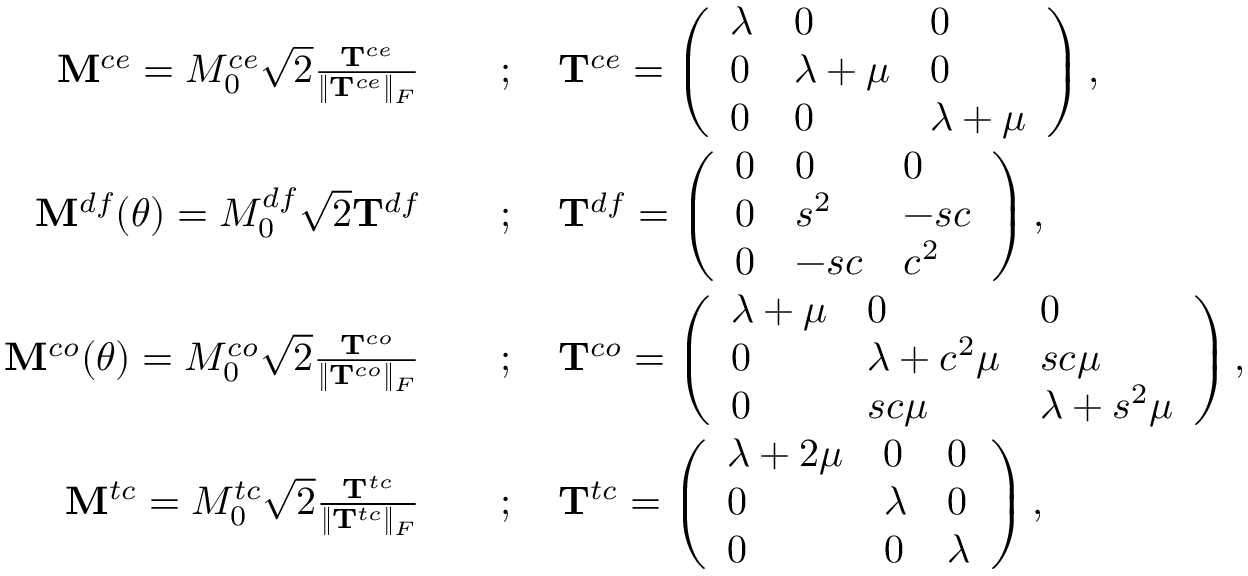
\begin{array} { r l } { { \mathbf { M } } ^ { c e } = M _ { 0 } ^ { c e } \sqrt { 2 } \frac { \mathbf { T } ^ { c e } } { \Vert \mathbf { T } ^ { c e } \Vert _ { F } } \quad } & { ; \quad \mathbf { T } ^ { c e } = \left( \begin{array} { l l l } { \lambda } & { 0 } & { 0 } \\ { 0 } & { \lambda + \mu } & { 0 } \\ { 0 } & { 0 } & { \lambda + \mu } \end{array} \right) , } \\ { { \mathbf { M } } ^ { d f } ( \theta ) = M _ { 0 } ^ { d f } \sqrt { 2 } \mathbf { T } ^ { d f } \quad } & { ; \quad \mathbf { T } ^ { d f } = \left( \begin{array} { l l l } { 0 } & { 0 } & { 0 } \\ { 0 } & { s ^ { 2 } } & { - s c } \\ { 0 } & { - s c } & { c ^ { 2 } } \end{array} \right) , } \\ { { \mathbf { M } } ^ { c o } ( \theta ) = M _ { 0 } ^ { c o } \sqrt { 2 } \frac { \mathbf { T } ^ { c o } } { \Vert \mathbf { T } ^ { c o } \Vert _ { F } } \quad } & { ; \quad \mathbf { T } ^ { c o } = \left( \begin{array} { l l l } { \lambda + \mu } & { 0 } & { 0 } \\ { 0 } & { \lambda + c ^ { 2 } \mu } & { s c \mu } \\ { 0 } & { s c \mu } & { \lambda + s ^ { 2 } \mu } \end{array} \right) , } \\ { { \mathbf { M } } ^ { t c } = M _ { 0 } ^ { t c } \sqrt { 2 } \frac { \mathbf { T } ^ { t c } } { \Vert \mathbf { T } ^ { t c } \Vert _ { F } } \quad } & { ; \quad \mathbf { T } ^ { t c } = \left( \begin{array} { l l l } { \lambda + 2 \mu } & { 0 } & { 0 } \\ { 0 } & { \lambda } & { 0 } \\ { 0 } & { 0 } & { \lambda } \end{array} \right) , } \end{array}